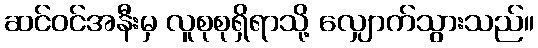
ဆင်ဝင်အနီးမှ လူစုစုရှိရာသို့ လျှောက်သွားသည်။